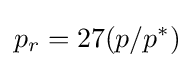
p_{r}=27(p/p^{*})